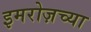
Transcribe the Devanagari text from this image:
इमरोज़च्या